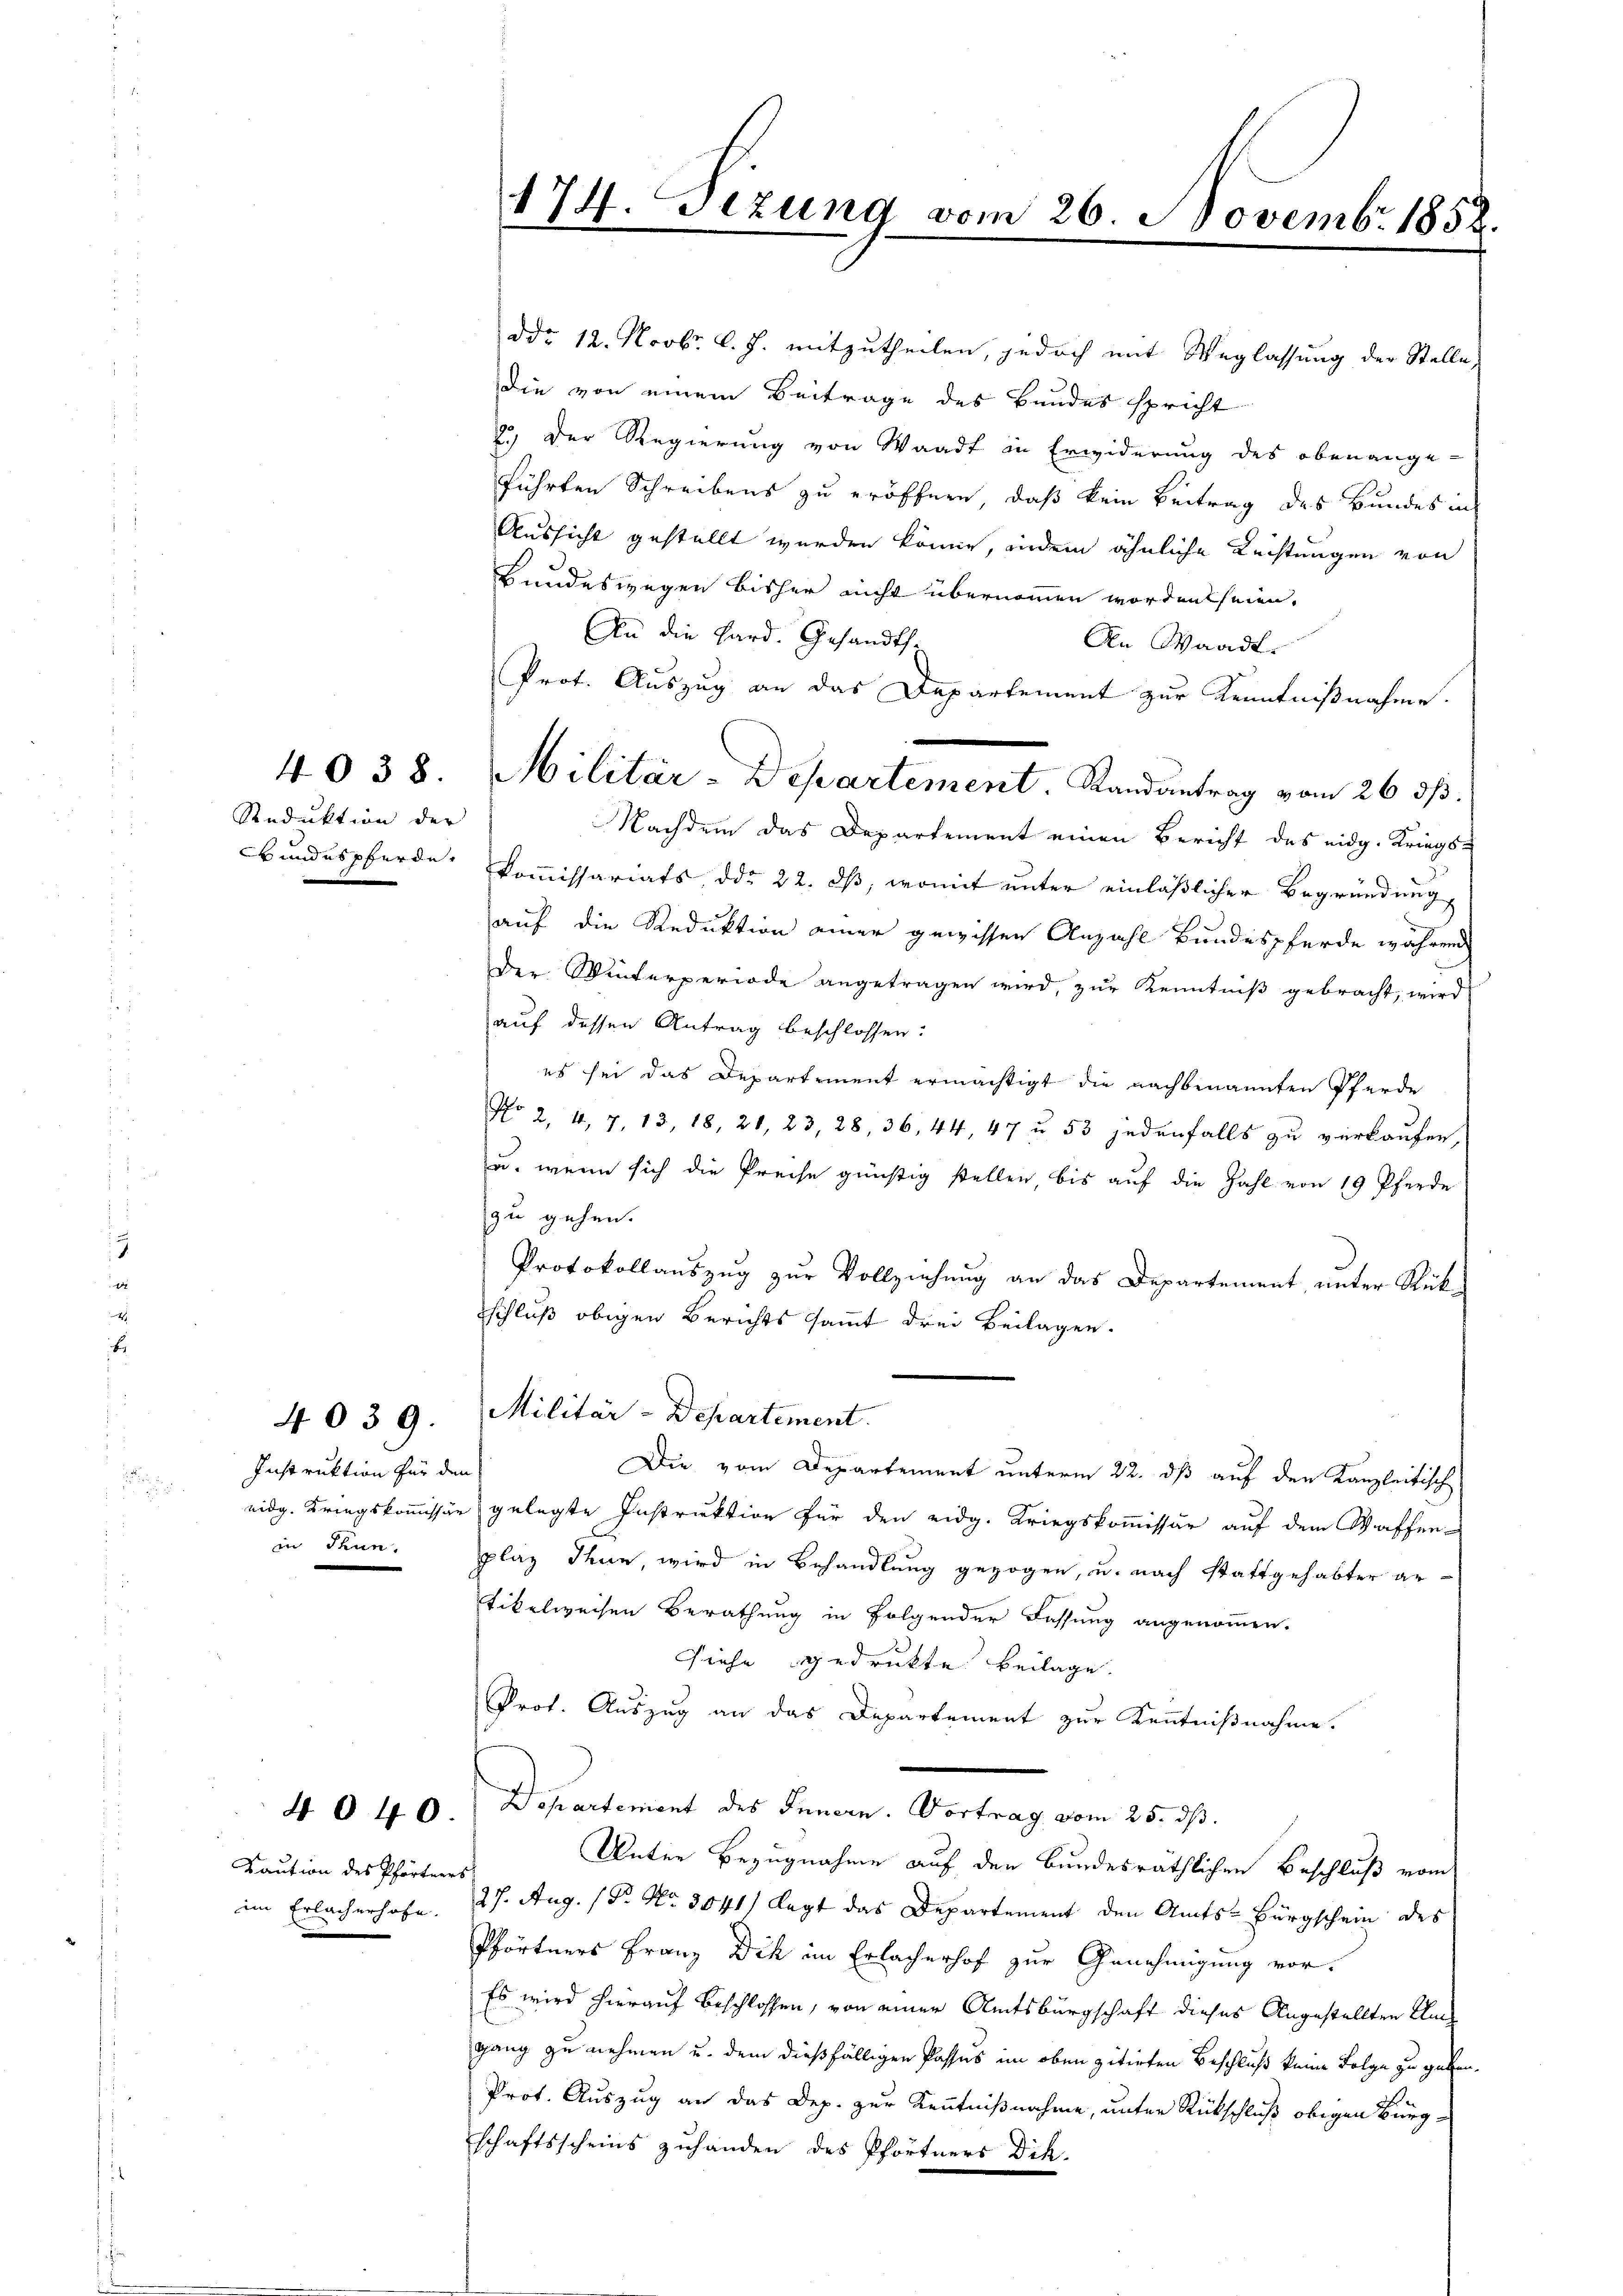
4038.

Reduktion der
Wundes Pferde,

Instruktion für den
in Thun.

4039.

4040

Kaution des Pförtners
im Erlacherhofe.

Militär-Departement. Randantrag vom 26. ds.

174. Tizung vom 26. Novembr 1858.

2.) Der Regierung von Waadt in Erwiderung des obenange-
führten Schreibens zu eröffnen, daß kein Beitrag des Bundes in
Aussicht gestellt werden könne, indem ähnliche Rechtungen von
Bundeswegen bisher nicht übernommen worden seien.
An die Hard. Gesandts
An Waadt.
Prot. Auszug an das Departement zur Kenntnißnahme.
Nachdem das Departement einen Bericht des eidg. Kriegskoṁissariats, ddo 22. dβ, womit unter einläßlicher Begründung,
auf die Reduktion einer gewissen Anzahl Bundespferde während
Der Winterperiode angetragen wird, zur Kenntniß gebracht, wird
auf dessen Antrag beschlossen:
es sei das Departement ermächtigt die nachbenannten Pferde
No 2, 4, 7, 13, 18, 21, 23, 28, 36, 44, 47 u. 53 jedenfalls zu verkaufen,
u. wenn sich die Preise günstig stellen, bis auf die Zahl von 19 Pferde
zu gehen.
Protokollauszug zur Vollziehung an das Departement, unter Rüksschluß obigen Berichts sammt drei Beilagen.
Militär-Departement.
Die vom Departement unterm 22. dß auf den Kanzleitisch
eidg. Kriegskommissär gelegte Instruktion für den eidg. Kriegskommissär auf dem Waffen-
plaz Thun, wird in Behandlung gezogen, u. nach stattgehabter ar-
tikelweisen Berathung in folgender Fassung angenommen.
Siehe gedrukte Beilage.
Prot. Auszug an das Departement zur Kenntnißnahme.
Departement des Innern. Vortrag vom 25. dß.
Unter Bezugnahme auf den Bundesräthlichen Beschluß vom
27. Aug. /Pr. No. 3041/ legt das Departement den Amts-Bürgschein des
Pförtners Franz Dich im Erlacherhof zur Genehmigung vor¬
Es wird hierauf beschlossen, von einer Amtsbürgschaft dieses Angestellten Ungang zu nehmen u. dem dießfälligen Passus im oben zitirten Beschluß keine Folge zu geben.
Prot. Auszug an das Dep. zur Kenntnißnahme, unter Rückschluß obigen Bürg
schaftsscheins zuhanden des Pförtners Dik-

ddo 12. Novbr. l. J. mitzutheilen, jedoch mit Weglassung der Stelle,
die von einem Beitrage des Bundes spricht